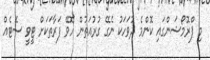
މި ޕްރޮމޯޝަންގައި ކޮންމެ ދުވަހަކު ނެގޭ ގުރުއަތުން ހޮވޭ ފަރާތަކަށް ޓީވީ ސެޓެއް